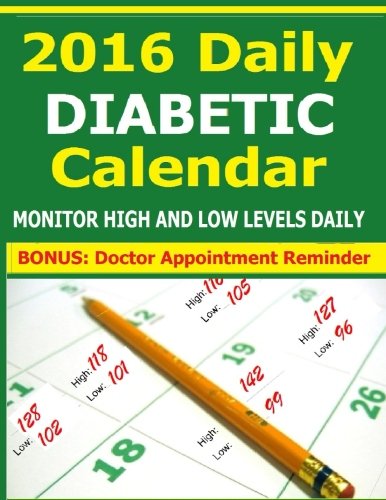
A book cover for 2016 Daily Diabetic Calendar: Keep track of your high and low blood sugar levels each day. Take results to doctor. BONUS: Doctor Appointment Reminder; Frances P Robinson; Calendars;